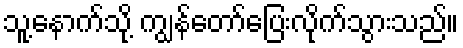
သူ့နောက်သို့ ကျွန်တော်ပြေးလိုက်သွားသည်။